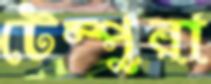
টেম্পুরা